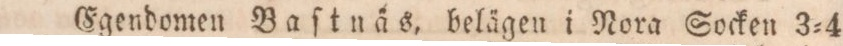
Egendomen Baſtnäs, belägen i Nora Socken 3=4